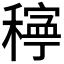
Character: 𥢃